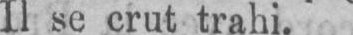
Il se crut trahi.